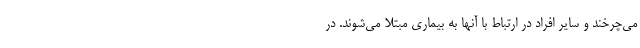
می‌چرخند و سایر افراد در ارتباط با آنها به بیماری مبتلا می‌شوند. در